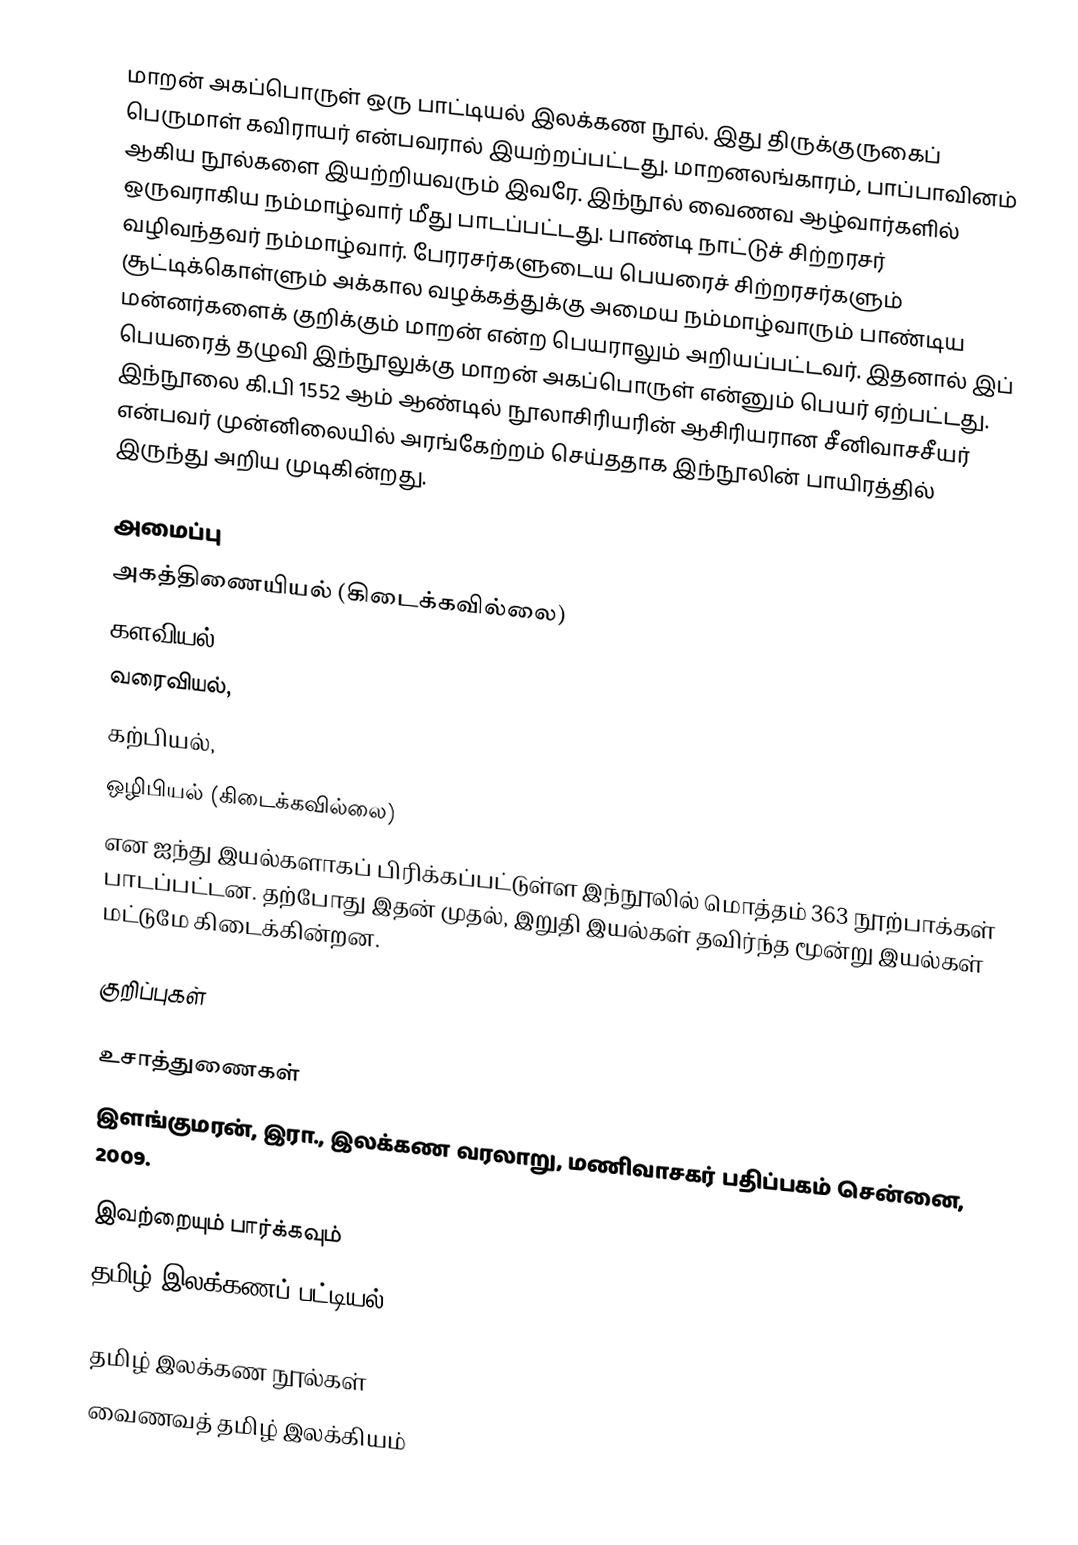
மாறன் அகப்பொருள் ஒரு பாட்டியல் இலக்கண நூல். இது திருக்குருகைப் பெருமாள் கவிராயர் என்பவரால் இயற்றப்பட்டது. மாறனலங்காரம், பாப்பாவினம் ஆகிய நூல்களை இயற்றியவரும் இவரே. இந்நூல் வைணவ ஆழ்வார்களில் ஒருவராகிய நம்மாழ்வார் மீது பாடப்பட்டது. பாண்டி நாட்டுச் சிற்றரசர் வழிவந்தவர் நம்மாழ்வார். பேரரசர்களுடைய பெயரைச் சிற்றரசர்களும் சூட்டிக்கொள்ளும் அக்கால வழக்கத்துக்கு அமைய நம்மாழ்வாரும் பாண்டிய மன்னர்களைக் குறிக்கும் மாறன் என்ற பெயராலும் அறியப்பட்டவர். இதனால் இப் பெயரைத் தழுவி இந்நூலுக்கு மாறன் அகப்பொருள் என்னும் பெயர் ஏற்பட்டது. இந்நூலை கி.பி 1552 ஆம் ஆண்டில் நூலாசிரியரின் ஆசிரியரான சீனிவாசசீயர் என்பவர் முன்னிலையில் அரங்கேற்றம் செய்ததாக இந்நூலின் பாயிரத்தில் இருந்து அறிய முடிகின்றது.

அமைப்பு
 அகத்திணையியல் (கிடைக்கவில்லை)
 களவியல்,
 வரைவியல்,
 கற்பியல்,
 ஒழிபியல் (கிடைக்கவில்லை)
என ஐந்து இயல்களாகப் பிரிக்கப்பட்டுள்ள இந்நூலில் மொத்தம் 363 நூற்பாக்கள் பாடப்பட்டன. தற்போது இதன் முதல், இறுதி இயல்கள் தவிர்ந்த மூன்று இயல்கள் மட்டுமே கிடைக்கின்றன.

குறிப்புகள்

உசாத்துணைகள்
 இளங்குமரன், இரா., இலக்கண வரலாறு, மணிவாசகர் பதிப்பகம் சென்னை, 2009.

இவற்றையும் பார்க்கவும்
தமிழ் இலக்கணப் பட்டியல்

தமிழ் இலக்கண நூல்கள்
வைணவத் தமிழ் இலக்கியம்